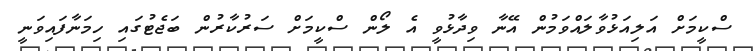
ސްކީމަށް އަލިއަޅުވާލައްވަމުން އޭނާ ވިދާޅުވީ އެ ލޯން ސްކީމަށް ސަރުކާރުން ބަޖެޓުގައި ހިމަނާފައިވަނީ